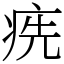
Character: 㾌